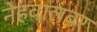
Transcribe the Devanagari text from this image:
नेहवालवर